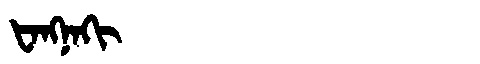
Manchu: ᡶᠠᠩᠨᠠᡴᡳ
Romanization: FANGNAKI